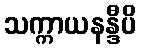
သက္ကာယနန္ဒီပိ